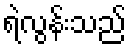
ရဲလွန်းသည်